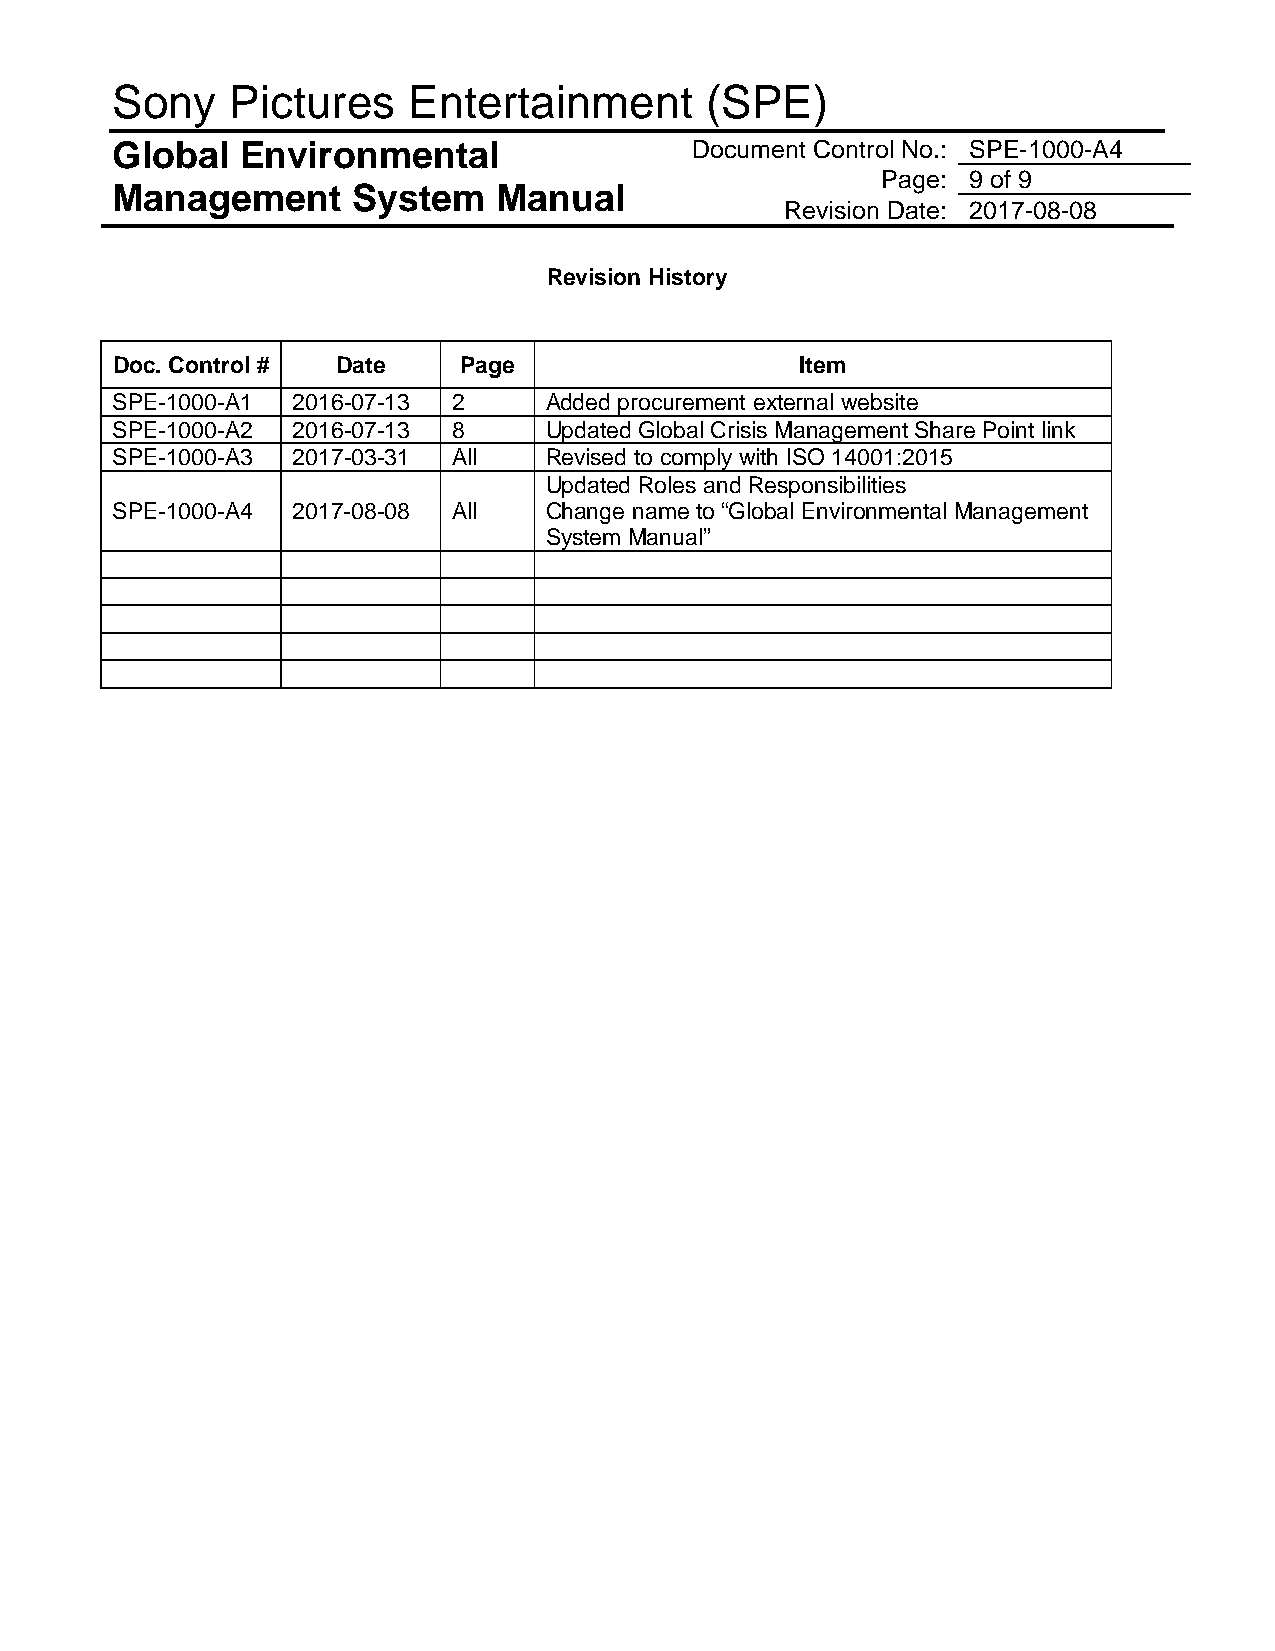
Sony    Pictures    Entertainment       (SPE)
 Global   Environmental                 Document Control No.: SPE-1000-A4
 Page: 9 of 9
 Management      System    Manual
 Revision Date: 2017-08-08
 Revision History
 Doc. Control # Date    Page                   Item
 SPE-1000-A1 2016-07-13 2     Added procurement external website
 SPE-1000-A2 2016-07-13 8     Updated Global Crisis Management Share Point link
 SPE-1000-A3 2017-03-31 All   Revised to comply with ISO 14001:2015
 Updated Roles and Responsibilities
 SPE-1000-A4 2017-08-08 All   Change name to “Global Environmental Management
 System Manual”